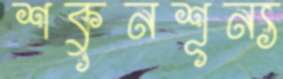
শকুনশূন্য